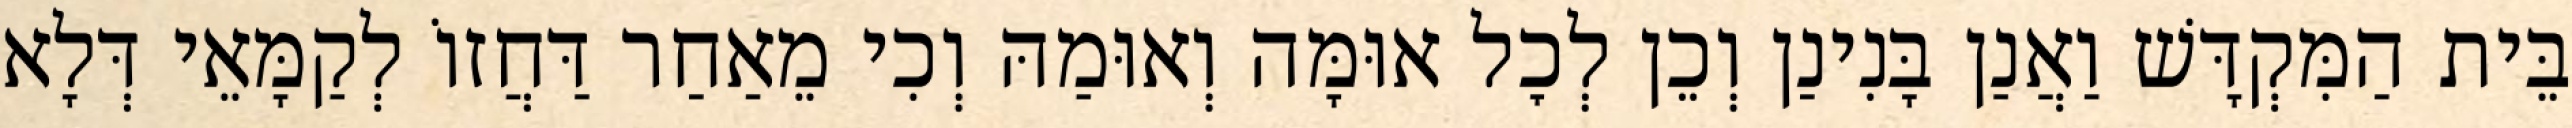
בֵּית הַמִּקְדָּשׁ וַאֲנַן בָּנִינַן וְכֵן לְכׇל אוּמָּה וְאוּמַהּ וְכִי מֵאַחַר דַּחֲזוֹ לְקַמָּאֵי דְּלָא